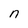
Character: n